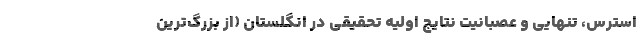
استرس، تنهایی و عصبانیت نتایج اولیه تحقیقی در انگلستان (از بزرگ‌ترین